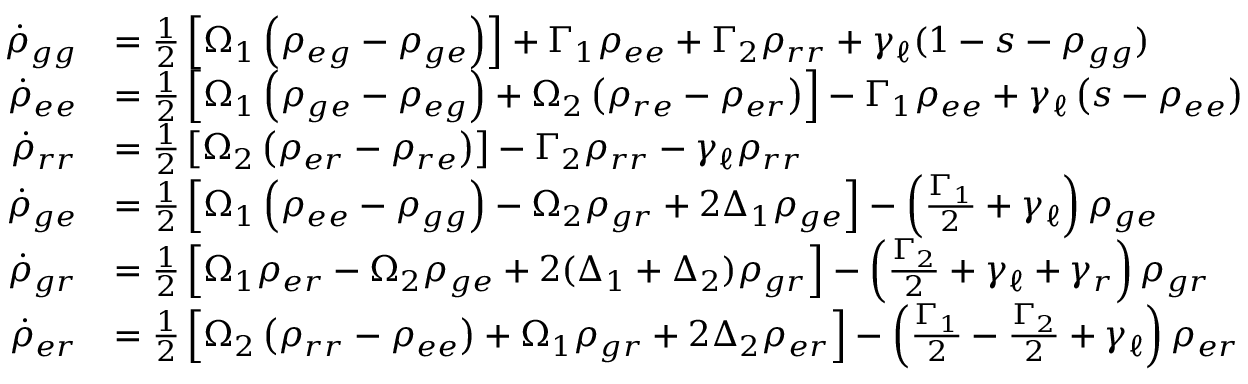
\begin{array} { r l } { \dot { \rho } _ { g g } } & { = \frac { 1 } { 2 } \left[ \Omega _ { 1 } \left( \rho _ { e g } - \rho _ { g e } \right) \right] + \Gamma _ { 1 } \rho _ { e e } + \Gamma _ { 2 } \rho _ { r r } + \gamma _ { \ell } ( 1 - s - \rho _ { g g } ) } \\ { \dot { \rho } _ { e e } } & { = \frac { 1 } { 2 } \left[ \Omega _ { 1 } \left( \rho _ { g e } - \rho _ { e g } \right) + \Omega _ { 2 } \left( \rho _ { r e } - \rho _ { e r } \right) \right] - \Gamma _ { 1 } \rho _ { e e } + \gamma _ { \ell } \left( s - \rho _ { e e } \right) } \\ { \dot { \rho } _ { r r } } & { = \frac { 1 } { 2 } \left[ \Omega _ { 2 } \left( \rho _ { e r } - \rho _ { r e } \right) \right] - \Gamma _ { 2 } \rho _ { r r } - \gamma _ { \ell } \rho _ { r r } } \\ { \dot { \rho } _ { g e } } & { = \frac { 1 } { 2 } \left[ \Omega _ { 1 } \left( \rho _ { e e } - \rho _ { g g } \right) - \Omega _ { 2 } \rho _ { g r } + 2 \Delta _ { 1 } \rho _ { g e } \right] - \left( \frac { \Gamma _ { 1 } } { 2 } + \gamma _ { \ell } \right) \rho _ { g e } } \\ { \dot { \rho } _ { g r } } & { = \frac { 1 } { 2 } \left[ \Omega _ { 1 } \rho _ { e r } - \Omega _ { 2 } \rho _ { g e } + 2 ( \Delta _ { 1 } + \Delta _ { 2 } ) \rho _ { g r } \right] - \left( \frac { \Gamma _ { 2 } } { 2 } + \gamma _ { \ell } + \gamma _ { r } \right) \rho _ { g r } } \\ { \dot { \rho } _ { e r } } & { = \frac { 1 } { 2 } \left[ \Omega _ { 2 } \left( \rho _ { r r } - \rho _ { e e } \right) + \Omega _ { 1 } \rho _ { g r } + 2 \Delta _ { 2 } \rho _ { e r } \right] - \left( \frac { \Gamma _ { 1 } } { 2 } - \frac { \Gamma _ { 2 } } { 2 } + \gamma _ { \ell } \right) \rho _ { e r } } \end{array}